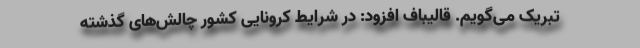
تبریک می‌گویم. قالیباف افزود: در شرایط کرونایی کشور چالش‌های گذشته